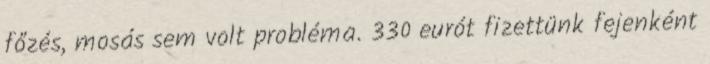
főzés, mosás sem volt probléma. 330 eurót fizettünk fejenként